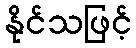
နိုင်သဖြင့်